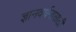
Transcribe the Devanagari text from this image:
ज्ञानवर्धनासाठी